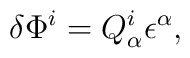
\delta\Phi^{i}=Q^{i}_{\alpha}\epsilon^{\alpha},